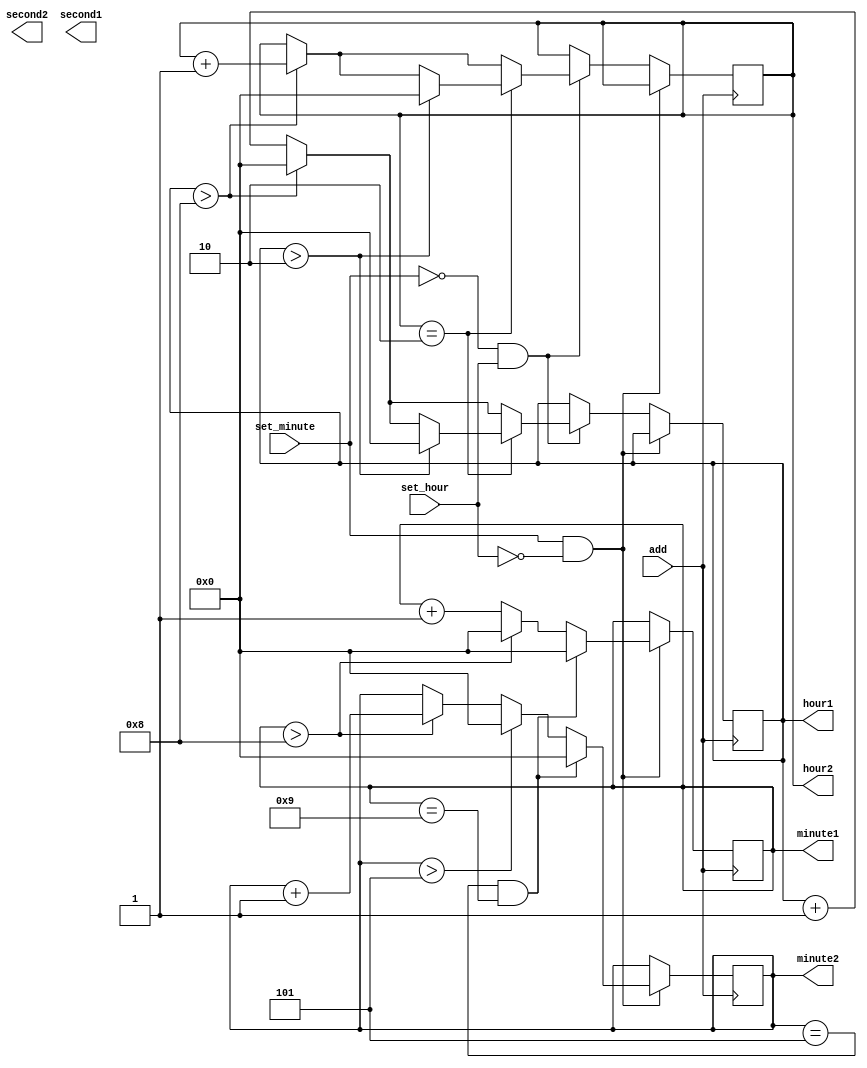
module set_time (add, set_hour, set_minute, hour2, hour1, minute2, minute1, second2, second1);
	input add, set_hour, set_minute;
	output reg [3:0] hour2, hour1, minute2, minute1, second2, second1;
	always @(posedge add)
	begin
	if(set_minute & ~set_hour)
		begin
		minute1 <= minute1 + 1;
		if (minute1 > 8)
			begin
			minute2 <= minute2 + 1;
			minute1 <= 0;
			end
		if (minute2 > 5)
			minute2 <= 0;
		//deal with transition from 59 to 00 separately
		if((minute2 == 5)&(minute1 == 9))
			begin
			minute2 <= 0;
			minute1 <= 0;
			end
		end
	else if (~set_minute & set_hour)
		begin
		hour1 <= hour1 + 1;
			if (hour1 > 8)
				begin
				hour2 <= hour2 + 1;
				hour1 <= 0;
				end
		if (hour2 == 2)
		//deal with transition from 23 to 00 separately
			if (hour1 > 2)
				begin
				hour2 <= 0;
				hour1 <= 0;
				end
		end
	else ;
	end
endmodule